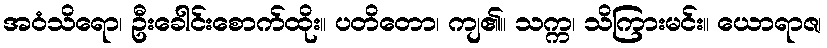
အဝံသိရော၊ ဦးခေါင်းစောက်ထိုး။ ပတိတော၊ ကျ၏။ သက္က၊ သိကြားမင်း။ ယောရာဇ၊